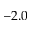
- 2 . 0